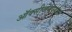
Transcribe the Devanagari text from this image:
ऑक्सीजनपर्याप्त